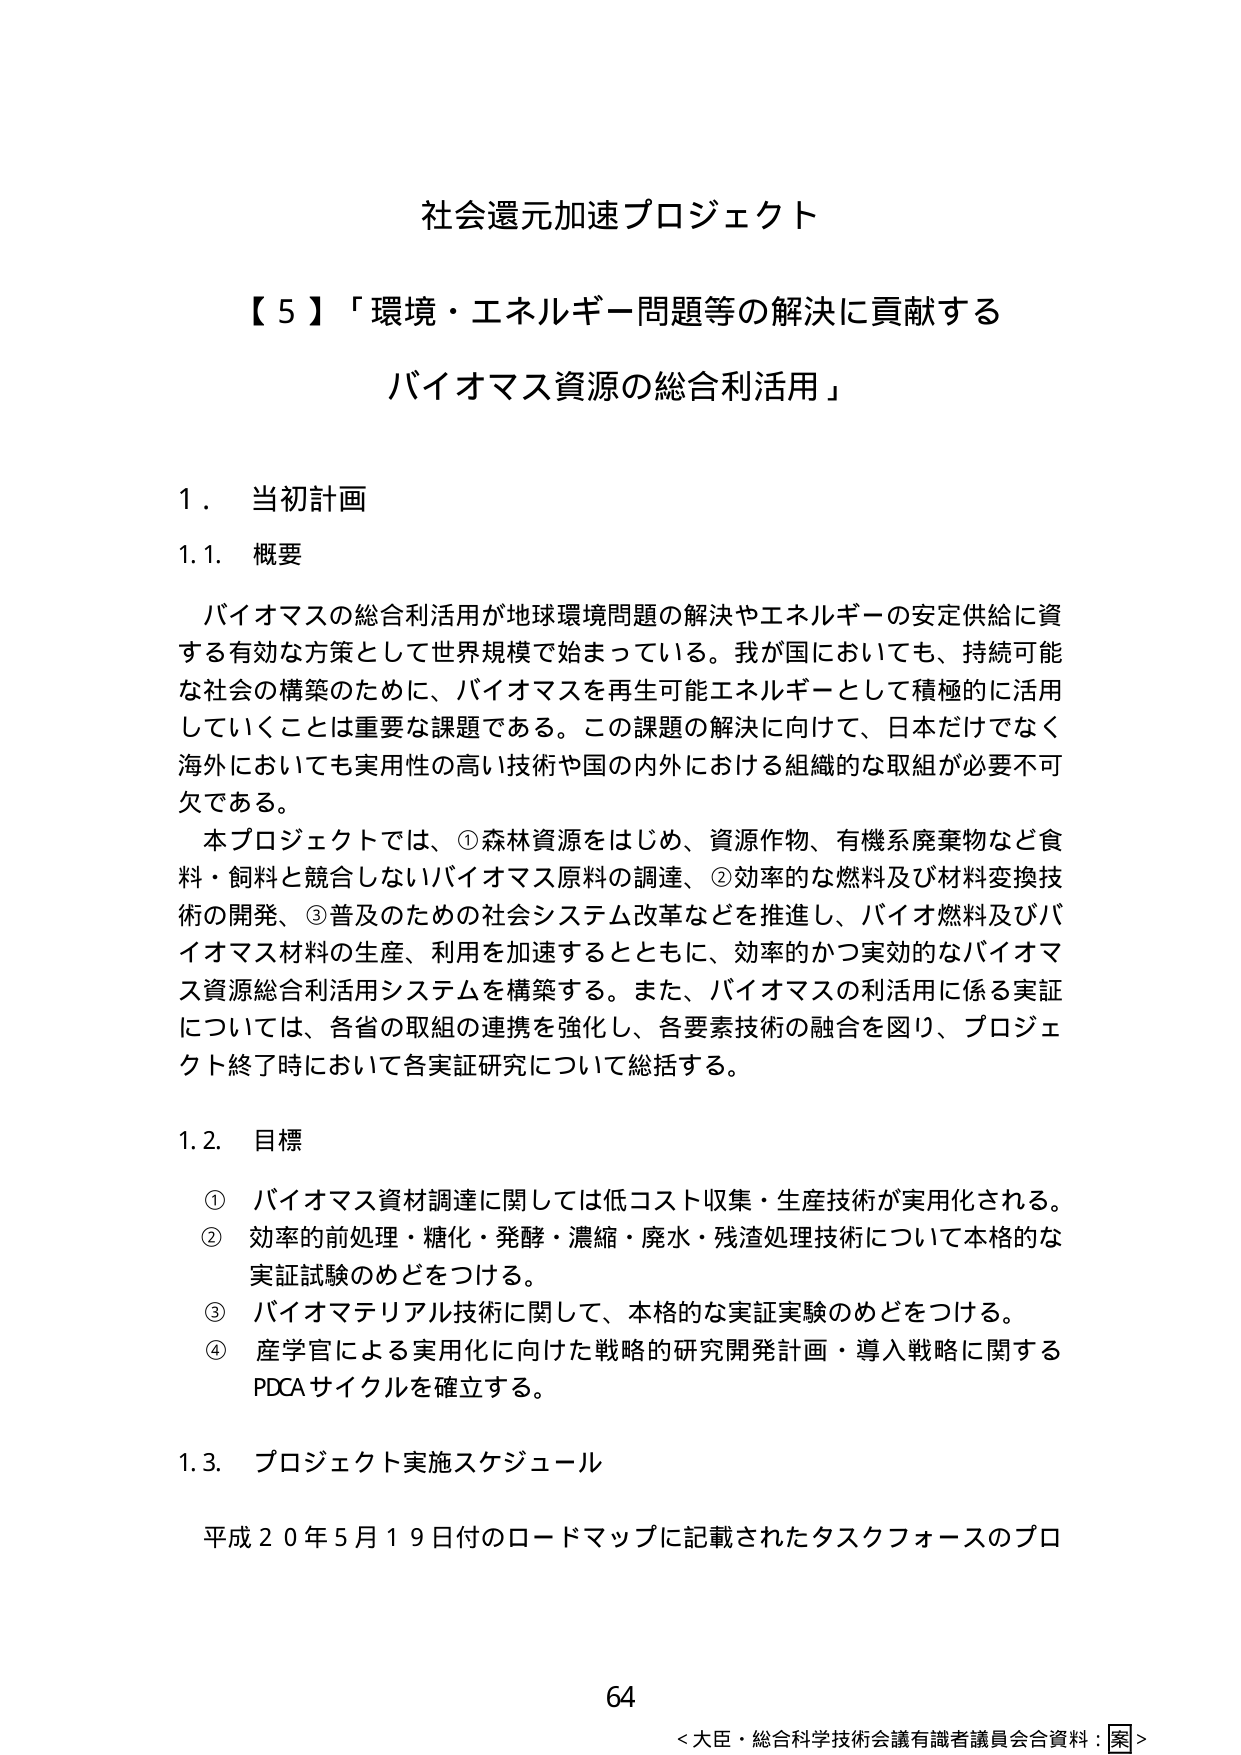
社会還元加速プロジェクト

【５】「環境・エネルギー問題等の解決に貢献する
バイオマス資源の総合利活用」

１．当初計画

1.1．概要

バイオマスの総合利活用が地球環境問題の解決やエネルギーの安定供給に資
する有効な方策として世界規模で始まっている。我が国においても、持続可能
な社会の構築のために、バイオマスを再生可能エネルギーとして積極的に活用
していくことは重要な課題である。この課題の解決に向けて、日本だけでなく
海外においても実用性の高い技術や国の内外における組織的な取組が必要不可
欠である。

本プロジェクトでは、①森林資源をはじめ、資源作物、有機系廃棄物など食
料・飼料と競合しないバイオマス原料の調達、②効率的な燃料及び材料変換技
術の開発、③普及のための社会システム改革などを推進し、バイオ燃料及びバ
イオマス材料の生産、利用を加速するとともに、効率的かつ実効的なバイオマ
ス資源総合利活用システムを構築する。また、バイオマスの利活用に係る実証
については、各省の取組の連携を強化し、各要素技術の融合を図り、プロジェ
クト終了時において各実証研究について総括する。

1.2．目標

① バイオマス資材調達に関しては低コスト収集・生産技術が実用化される。
② 効率的前処理・糖化・発酵・濃縮・廃水・残渣処理技術について本格的な
実証試験のめどをつける。
③ バイオマテリアル技術に関して、本格的な実証実験のめどをつける。
④ 産学官による実用化に向けた戦略的研究開発計画・導入戦略に関する
PDCAサイクルを確立する。

1.3．プロジェクト実施スケジュール

平成２０年５月１９日付のロードマップに記載されたタスクフォースのプロ

64

＜大臣・総合科学技術会議有識者議員会合資料：案＞